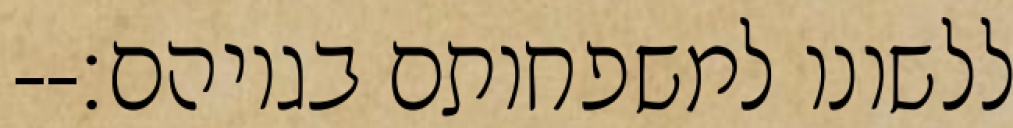
ללשונו למשפחותם בגויהם׃--